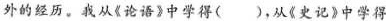
外的经历。我从《论语》中学得，从《史记》中学得